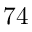
7 4